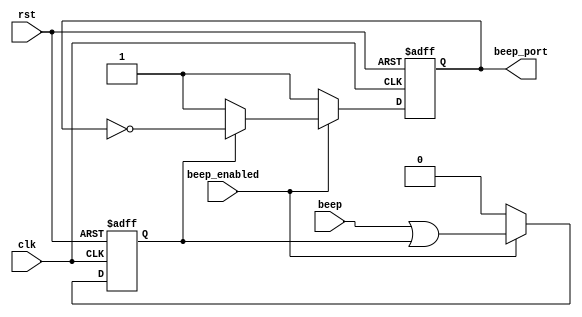
module BEEP_CONTROLLER
        (
                input clk,
                input rst,
                input beep,             // 
                input beep_enabled,     // 
                output reg beep_port    // 
        );

        reg beep_latch;                 // 
        wire beep_latch_next;

        assign beep_latch_next = beep | beep_latch;

        initial begin
                beep_port <= 1'b1;
                beep_latch <= 1'b0;
        end

        always @(posedge clk or negedge rst) begin
                if (rst == 0) begin
                        beep_port <= 1'b1;
                end else if (beep_enabled == 1'b0) begin
                        beep_port <= 1'b1;
                end else if (beep_latch == 1'b0) begin
                        beep_port <= 1'b1;
                end else begin
                        beep_port <= ~beep_port;
                end
        end

        always @(posedge clk or negedge rst) begin
                if (rst == 0) begin
                        beep_latch <= 1'b0;
                end else if (beep_enabled == 0) begin
                        beep_latch <= 1'b0;
                end else begin
                        beep_latch <= beep_latch_next;
                end
        end

endmodule